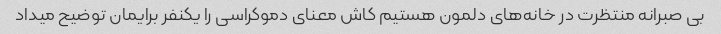
بی صبرانه منتظرت در خانه‌های دلمون هستیم کاش معنای دموکراسی را یکنفر برایمان توضیح میداد